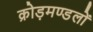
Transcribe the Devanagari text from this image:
क्रोड़मण्डलों